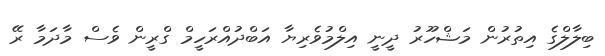
ބިލާލްގެ އިތުރުން މަޝްހޫރު ދީނީ އިލްމުވެރިޔާ އަބްދުއްރަހީމް ގްރީން ވެސް މާދަމާ ރޭ